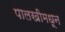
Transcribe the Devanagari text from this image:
पालखीमधून